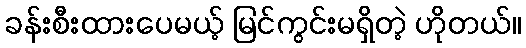
ခန်းစီးထားပေမယ့် မြင်ကွင်းမရှိတဲ့ ဟိုတယ်။